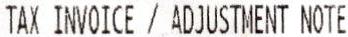
TAX INVOICE / ADJUSTMENT NOTE